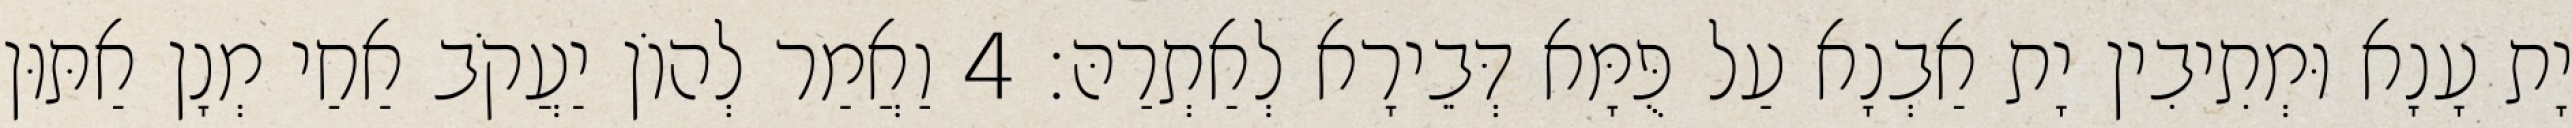
יָת עָנָא וּמְתִיבִין יָת אַבְנָא עַל פֻּמָּא דְּבֵירָא לְאַתְרַהּ׃ 4 וַאֲמַר לְהוֹן יַעֲקֹב אַחַי מְנָן אַתּוּן